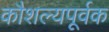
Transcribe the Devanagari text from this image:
कौशल्यपूर्वक